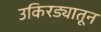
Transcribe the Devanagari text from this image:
उकिरड्यातून